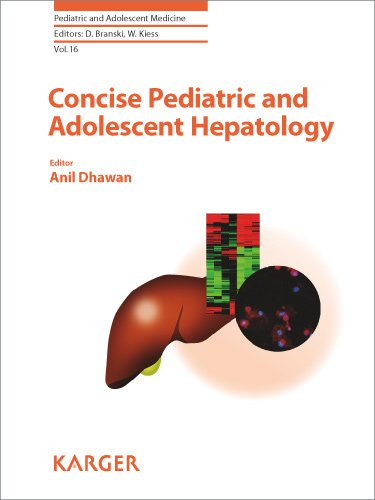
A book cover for Concise Pediatric and Adolescent Hepatology (Pediatric and Adolescent Medicine, Vol. 16); Health, Fitness & Dieting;